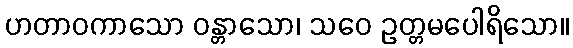
ဟတာဝကာသော ဝန္တာသော၊ သဝေ ဥတ္တမပေါရိသော။